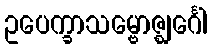
ဥပေက္ခာသမ္ဗောဇ္ဈင်္ဂေါ